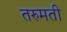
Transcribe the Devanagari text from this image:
तरुमती